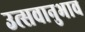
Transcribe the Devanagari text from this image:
उत्सवानुभाव